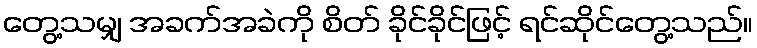
တွေ့သမျှ အခက်အခဲကို စိတ် ခိုင်ခိုင်ဖြင့် ရင်ဆိုင်တွေ့သည်။